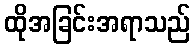
ထိုအခြင်းအရာသည်